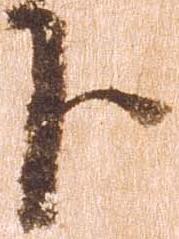
下